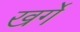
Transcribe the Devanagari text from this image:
खर्गे